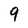
Character: 9